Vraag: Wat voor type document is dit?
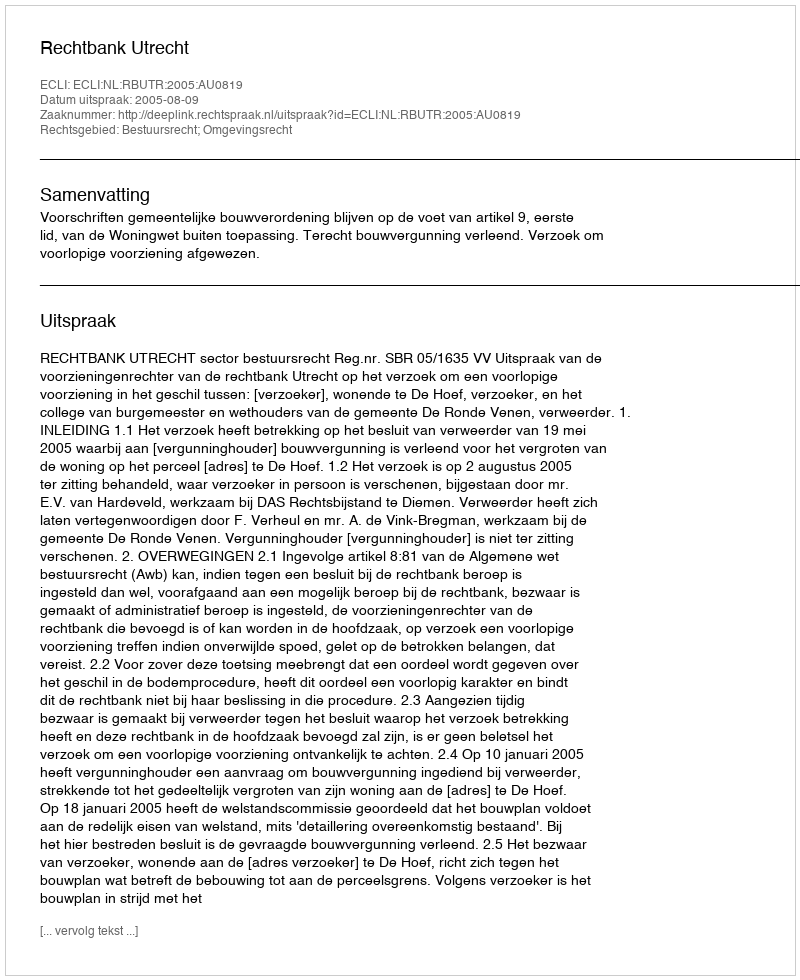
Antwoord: Uitspraak